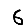
Digit: 6